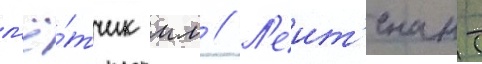
л'ё́тчик мл // Л'еит'енант